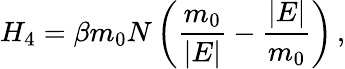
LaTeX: H_{4}=\beta m_{0}N\left(\frac{m_{0}}{\vert E\vert}-\frac{\vert E\vert}{m_{0}}\right)\, ,